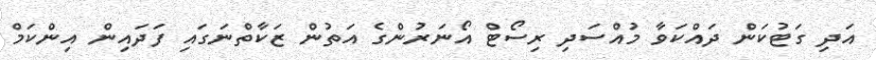
އަދި ގަޓުކަން ދައްކަވާ މުއްސަދި ރިސޯޓް އޯނަރުންގެ އަތުން ޒަކާތްނަގައި ފަދައިން އިންކަމް